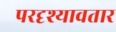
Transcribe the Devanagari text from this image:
परदृश्यावतार